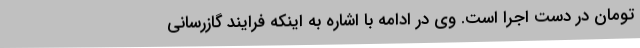
تومان در دست اجرا است. وی در ادامه با اشاره به اینکه فرایند گازرسانی